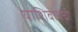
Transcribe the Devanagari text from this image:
याशिवायची